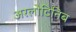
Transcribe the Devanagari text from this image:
अरलोटिनिब